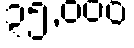
၃၅,၀၀၀